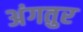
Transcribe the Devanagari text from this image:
अंगतुर